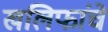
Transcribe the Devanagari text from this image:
खलिफांचे